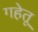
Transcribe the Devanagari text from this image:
गहेतू